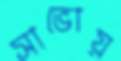
সাভোয়